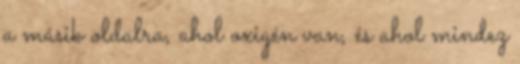
a másik oldalra, ahol oxigén van, és ahol mindez